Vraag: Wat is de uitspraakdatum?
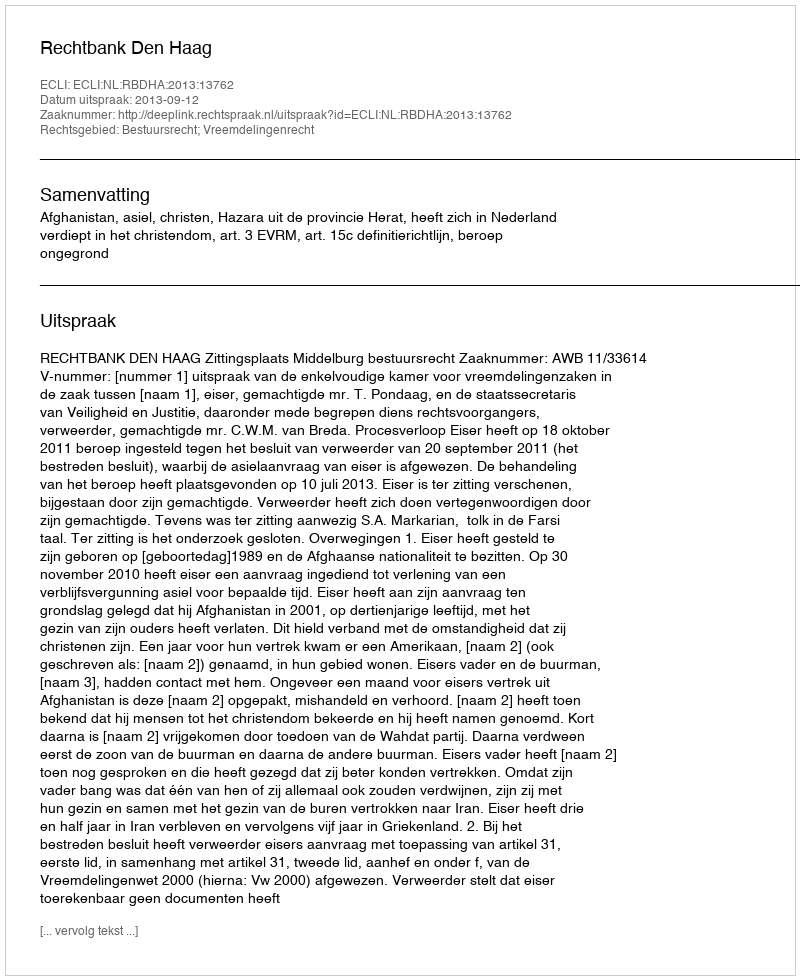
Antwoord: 2013-09-12